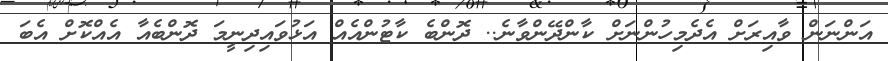
އަންނަން ވާއިރަށް އެދެމިހުންނަށް ކާންދޭންވާނެ.. ދޮންބެ ކާޓުންއެއް އަޅުވައިދިނީމަ ދޮންބެއާ އެއްކޮށް އެބަ